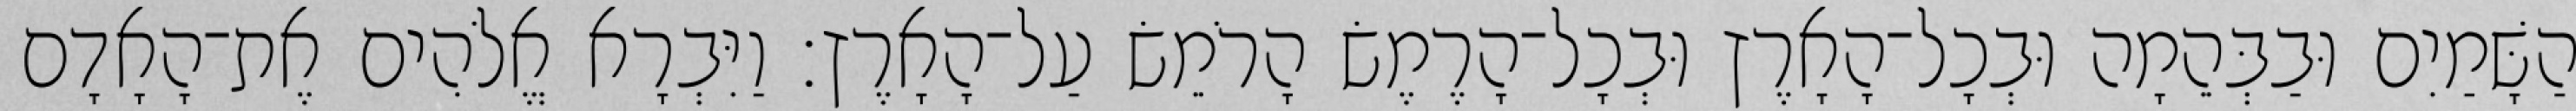
הַשָּׁמַיִם וּבַבְּהֵמָה וּבְכָל־הָאָרֶץ וּבְכָל־הָרֶמֶשׂ הָרֹמֵשׂ עַל־הָאָרֶץ׃ וַיִּבְרָא אֱלֹהִים אֶת־הָאָדָם